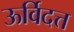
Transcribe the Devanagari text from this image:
ऊर्विदत्त